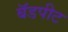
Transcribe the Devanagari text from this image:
बॅडपीट